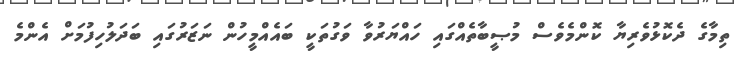
ތިމާގެ ދެކޮޅުވެރިޔާ ކޮންމެވެސް މުޞީބާތެއްގައި ހައްޔަރުވާ ވަގުތަކީ ބައެއްމީހުން ނަޒަރުގައި ބަދަލުހިފުމަށް އެންމެ